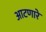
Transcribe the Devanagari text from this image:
आटणारे